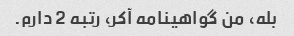
بله، من گواهینامه آکر، رتبه 2 دارم.